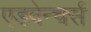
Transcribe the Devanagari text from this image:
एडवेन्चर्स